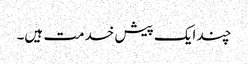
چند ایک پیش خدمت ہیں۔